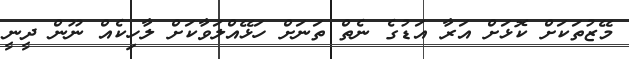
މޭޒުތަކަށް ކޮޅަށް އަރާ އަޑުގެ ނެތް ތަނަށް ހަޅޭއްލަވާކަށް ލާހިކެއް ނޫން ދީނީ